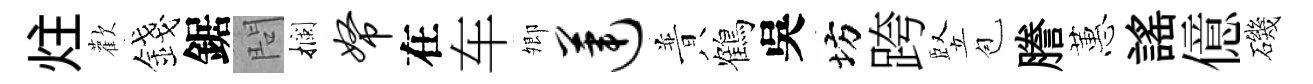
炷歡錢鋸問攔帑在车𡖖莲普鶴吳坊跨竪苞謄蕙謡億磯